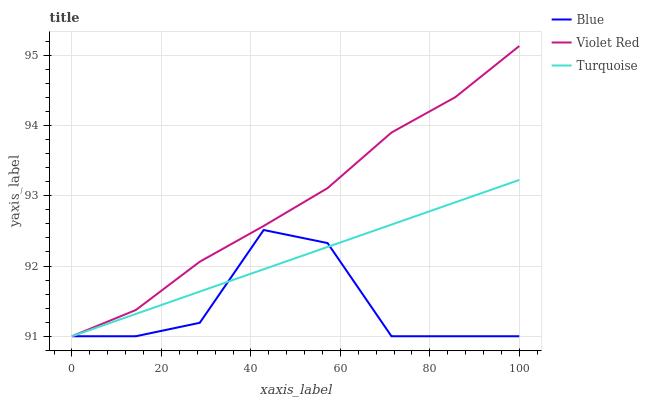
| xaxis_label | Blue | Violet Red | Turquoise |
 | --- | --- | --- | --- |
 | 0 | 91 | 91 | 91 |
 | 14.3 | 91 | 91.4 | 91.3 |
 | 28.6 | 91.2 | 92.1 | 91.6 |
 | 42.9 | 92.5 | 92.6 | 92 |
 | 57.1 | 92.3 | 93.1 | 92.3 |
 | 71.4 | 91 | 93.9 | 92.6 |
 | 85.7 | 91 | 94.4 | 92.9 |
 | 100 | 91 | 95.1 | 93.2 |